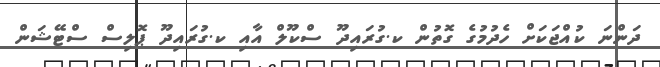
ދަންނަ ކުއްޖަކަށް ހެދުމުގެ ގޮތުން ކ.ގުރައިދޫ ސްކޫލް އާއި ކ.ގުރައިދޫ ޕޮލިސް ސްޓޭޝަން